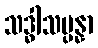
သဒ္ဓါသမ္ပန္နာ